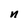
Character: n